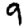
Digit: 9